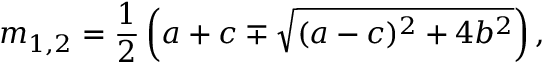
m _ { 1 , 2 } = \frac { 1 } { 2 } \left( a + c \mp \sqrt { ( a - c ) ^ { 2 } + 4 b ^ { 2 } } \right) ,